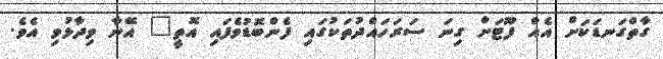
ގާތްގަނޑަކަށް އެއް ފޫޓަށް ގިނަ ސަރަހައްދުތަކުގައި ފެންބޮޑުވެފައި އޮތީ" އޭނާ ވިދާޅުވި އެވެ.